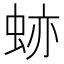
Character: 𧊤